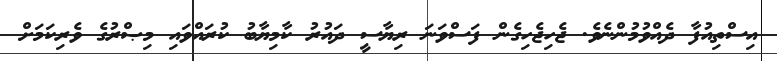
އިސްތިއުފާ ދެއްވުމުންނެވެ. ޖެހިޖެހިގެން ފަސްވަނަ ރިޔާސީ ދައުރު ކާމިޔާބު ކުރައްވައި މިޞްރުގެ ވެރިކަމަށް